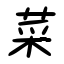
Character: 菜